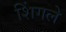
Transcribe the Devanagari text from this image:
शिंगले